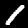
Label: 1